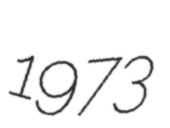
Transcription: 1973